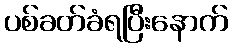
ပစ်ခတ်ခံရပြီးနောက်